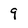
Character: 9